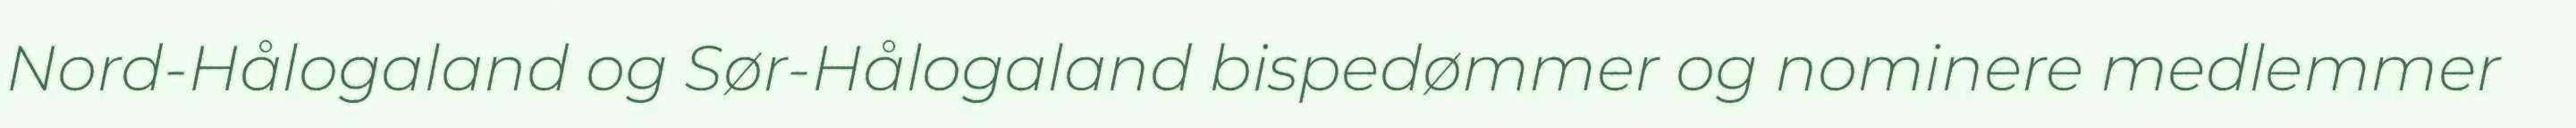
Nord-Hålogaland og Sør-Hålogaland bispedømmer og nominere medlemmer